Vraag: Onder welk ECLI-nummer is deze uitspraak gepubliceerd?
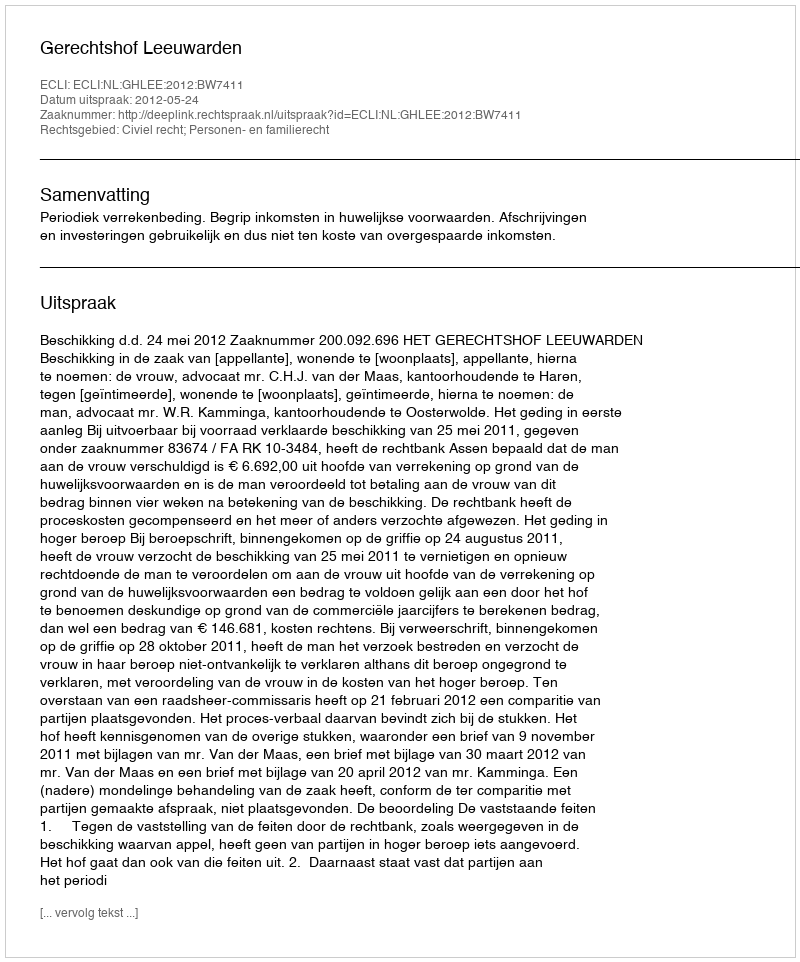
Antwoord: ECLI:NL:GHLEE:2012:BW7411